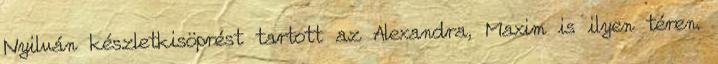
Nyilván készletkisöprést tartott az Alexandra, Maxim is ilyen téren.